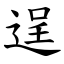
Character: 逞